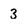
Character: 3